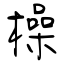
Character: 橾